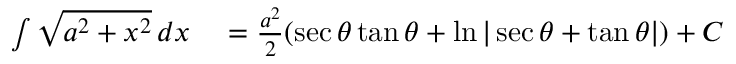
\begin{array} { r l } { \int { \sqrt { a ^ { 2 } + x ^ { 2 } } } \, d x } & { { } = { \frac { a ^ { 2 } } { 2 } } ( \sec \theta \tan \theta + \ln | \sec \theta + \tan \theta | ) + C } \end{array}